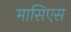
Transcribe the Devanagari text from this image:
मासिएस